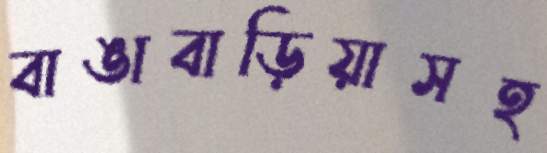
বাঙাবাড়িয়াসহ